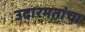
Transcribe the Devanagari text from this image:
उदारमतांचा